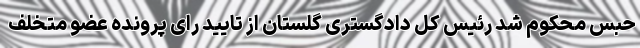
حبس محکوم شد رئیس کل دادگستری گلستان از تایید رای پرونده عضو متخلف